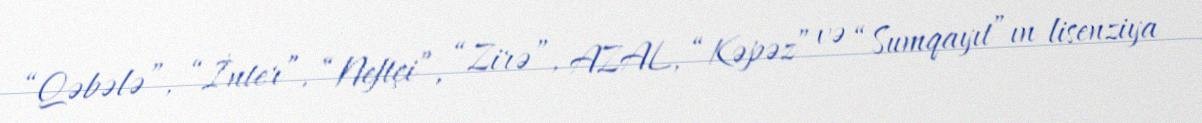
“Qəbələ”, “İnter”, “Neftçi”, “Zirə”, AZAL, “Kəpəz” və “Sumqayıt”ın lisenziya